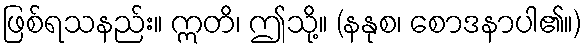
ဖြစ်ရသနည်း။ ဣတိ၊ ဤသို့။ (နနုစ၊ စောဒနာပါ၏။)